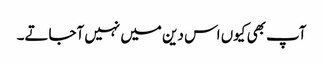
آپ بھی کیوں اس دین میں نہیں آجاتے۔